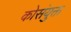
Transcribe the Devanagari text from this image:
कोसंयुक्त